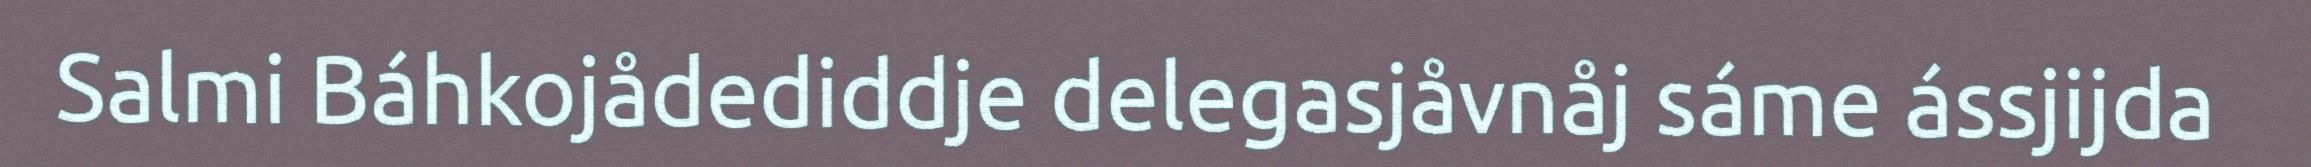
Salmi Báhkojådediddje delegasjåvnåj sáme ássjijda